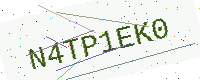
Text: N4TP1EK0